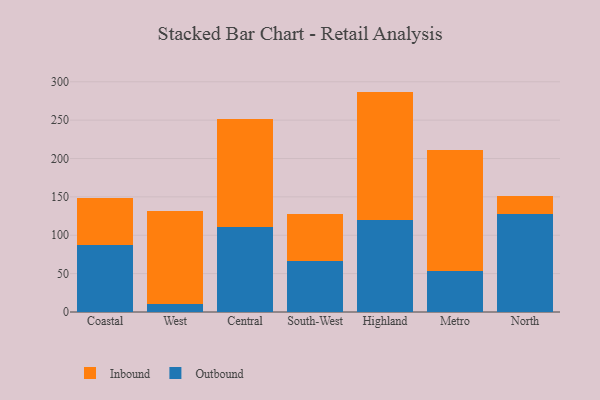
{"axis": {"x": "Region", "y": "Shipments"}, "legend": ["Inbound", "Outbound"], "data": [{"x": "Coastal", "y": 87.3, "type": "Outbound"}, {"x": "Coastal", "y": 61.0, "type": "Inbound"}, {"x": "West", "y": 10.0, "type": "Outbound"}, {"x": "West", "y": 121.1, "type": "Inbound"}, {"x": "Central", "y": 110.5, "type": "Outbound"}, {"x": "Central", "y": 140.9, "type": "Inbound"}, {"x": "South-West", "y": 66.6, "type": "Outbound"}, {"x": "South-West", "y": 61.6, "type": "Inbound"}, {"x": "Highland", "y": 120.3, "type": "Outbound"}, {"x": "Highland", "y": 166.9, "type": "Inbound"}, {"x": "Metro", "y": 54.0, "type": "Outbound"}, {"x": "Metro", "y": 156.7, "type": "Inbound"}, {"x": "North", "y": 128.0, "type": "Outbound"}, {"x": "North", "y": 23.1, "type": "Inbound"}]}